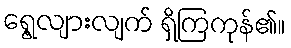
ရွေ့လျားလျက် ရှိကြကုန်၏။